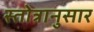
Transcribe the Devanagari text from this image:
स्तोत्रानुसार